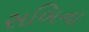
સબિના